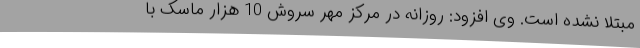
مبتلا نشده است. وی افزود: روزانه در مرکز مهر سروش 10 هزار ماسک با